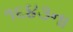
૧૬૪૩ના